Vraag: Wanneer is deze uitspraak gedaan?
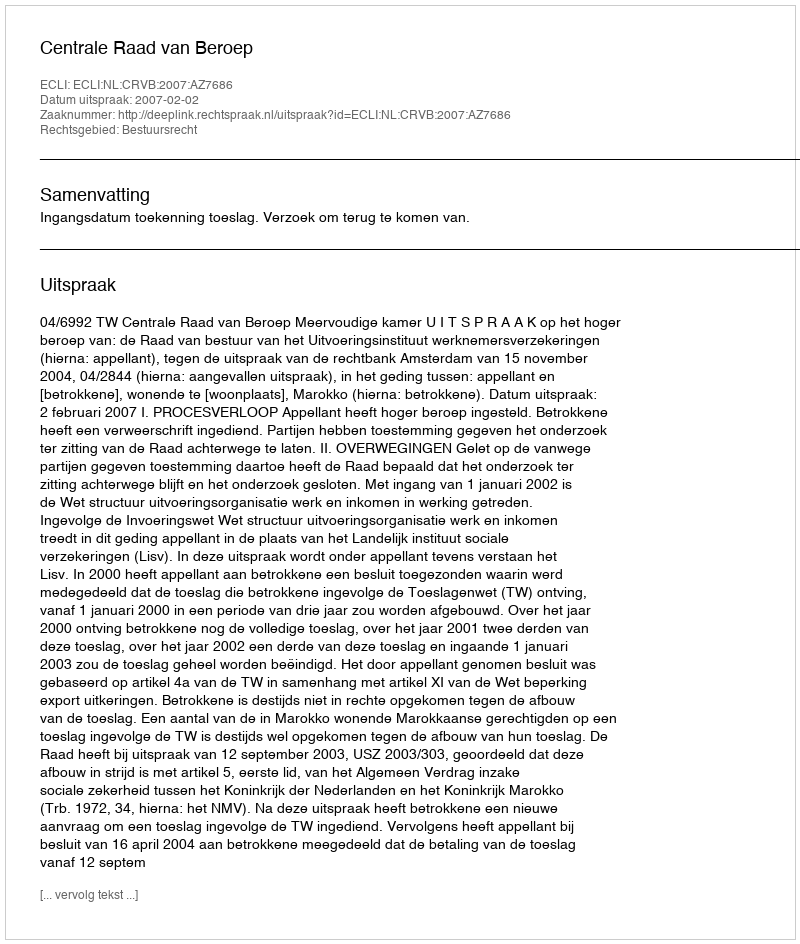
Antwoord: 2007-02-02